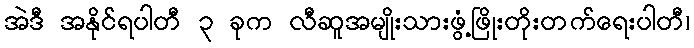
အဲဒီ အနိုင်ရပါတီ ၃ ခုက လီဆူအမျိုးသားဖွံ့ဖြိုးတိုးတက်ရေးပါတီ၊